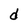
Character: d